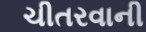
ચીતરવાની